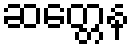
ဆတ္တေန